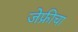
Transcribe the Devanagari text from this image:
जेफ्रीचा